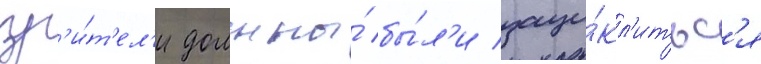
зр'и́т'ел'и должны́ бы́л'и заци́кл'итьс'я